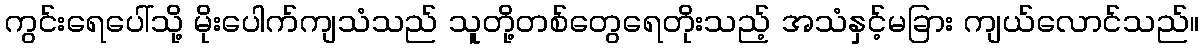
ကွင်းရေပေါ်သို့ မိုးပေါက်ကျသံသည် သူတို့တစ်တွေရေတိုးသည့် အသံနှင့်မခြား ကျယ်လောင်သည်။